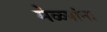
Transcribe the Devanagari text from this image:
मेळ्यांना